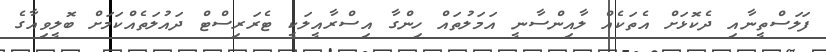
ފަލަސްތީނާއި ދެކޮޅަށް އެތަކެއް ލާއިންސާނީ އަމަލުތައް ހިންގާ އިސްރާއީލަކީ ޓެރަރިސްޓް ދައުލަތެއްކަމަށް ބޮލީވިއާގެ